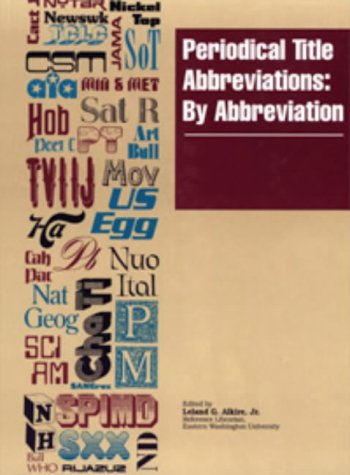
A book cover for Periodical Title Abbreviations: By Abbreviations (Periodical Title Abbreviations: Vol. 1: By Abbreviations); Humor & Entertainment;